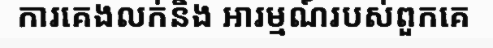
ការគេងលក់និង អារម្មណ៍របស់ពួកគេ